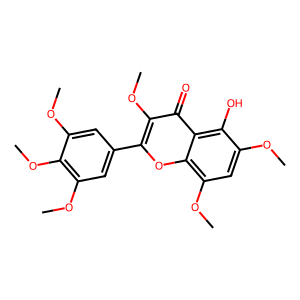
SMILES: COc1cc(-c2oc3c(OC)cc(OC)c(O)c3c(=O)c2OC)cc(OC)c1OC
Inhibits HIV replication: No